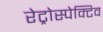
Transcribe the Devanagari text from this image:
रेट्रोस्‍पेक्टिव